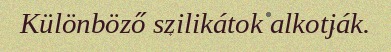
Különböző szilikátok alkotják.